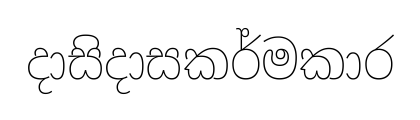
දාසිදාසකර්මකාර